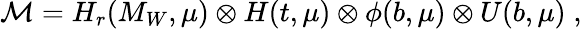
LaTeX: {\cal M}=H_{r}(M_{W},\mu)\otimes H(t,\mu)\otimes\phi(b,\mu)\otimes U(b,\mu)\; ,